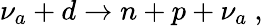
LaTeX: \nu_{a}+d\to n+p+\nu_{a}\ ,